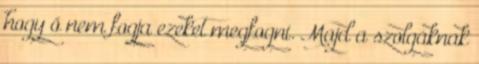
hogy ő nem fogja ezeket megfogni. Majd a szolgáknak